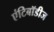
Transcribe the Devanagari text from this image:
एंटिबॉडीज